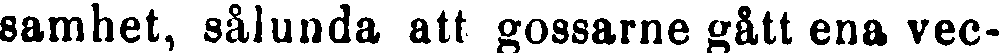
samhet, sålunda att gossarne gått ena vec-